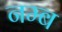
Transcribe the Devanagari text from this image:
नम्ब